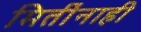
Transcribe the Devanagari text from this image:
मितींनाही